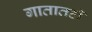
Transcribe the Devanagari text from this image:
गातातही